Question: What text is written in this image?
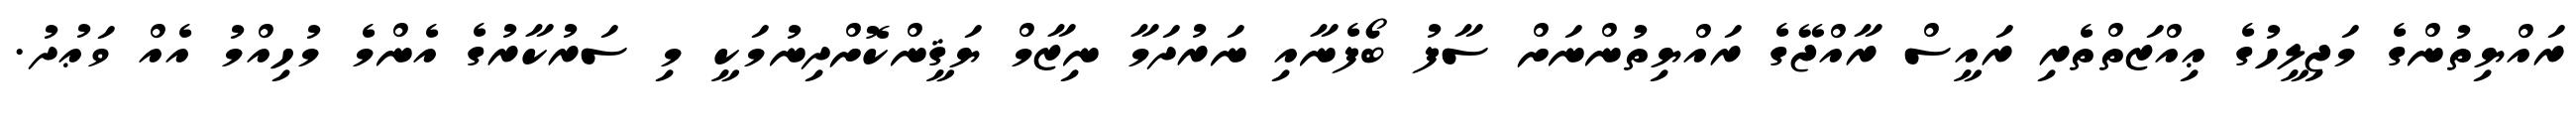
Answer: ރައްޔިތުންގެ މަޖިލީހުގެ ޢިއްޒަތްތެރި ރައީސް ރާއްޖޭގެ ރައްޔިތުންނަށް ސާފު ބޯފެނާއި ނަރުދަމާ ނިޒާމް ޔަޤީންކޮށްދިނުމަކީ މި ސަރުކާރުގެ އެންމެ މުހިއްމު އެއް ވަޢުދު.